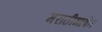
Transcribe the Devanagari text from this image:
मराठीभाषेत